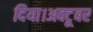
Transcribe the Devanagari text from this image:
दिया।अक्टूबर